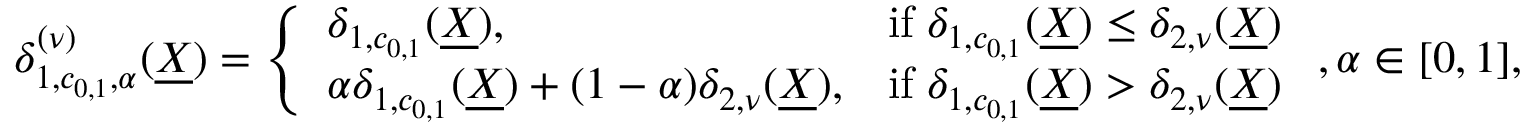
\begin{array} { r } { \delta _ { 1 , c _ { 0 , 1 } , \alpha } ^ { ( \nu ) } ( \underline { { X } } ) = \left\{ \begin{array} { l l } { \delta _ { 1 , c _ { 0 , 1 } } ( \underline { { X } } ) , } & { \mathrm { i f } \; \delta _ { 1 , c _ { 0 , 1 } } ( \underline { { X } } ) \leq \delta _ { 2 , \nu } ( \underline { { X } } ) } \\ { \alpha \delta _ { 1 , c _ { 0 , 1 } } ( \underline { { X } } ) + ( 1 - \alpha ) \delta _ { 2 , \nu } ( \underline { { X } } ) , } & { \mathrm { i f } \; \delta _ { 1 , c _ { 0 , 1 } } ( \underline { { X } } ) > \delta _ { 2 , \nu } ( \underline { { X } } ) } \end{array} \right. , \alpha \in [ 0 , 1 ] , } \end{array}